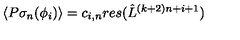
\langle P \sigma _ { n } ( \phi _ { i } ) \rangle = c _ { i , n } r e s ( { \hat { L } } ^ { ( k + 2 ) n + i + 1 } )